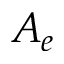
A _ { e }